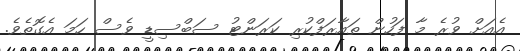
އެއަށް ވުރެ މާ ފަހުން ތައާރަފްކުރި ކަރަންޓު ސަބްސިޑީ ވެސް ހަމަ އެގޮތެވެ.